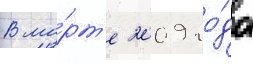
В ма́рт'е 2009 го́да